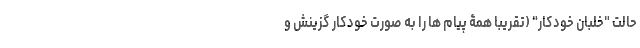
حالت "خلبان خودکار" (تقریبا همۀ پیام ها را به صورت خودکار گزینش و